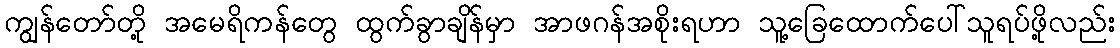
ကျွန်တော်တို့ အမေရိကန်တွေ ထွက်ခွာချိန်မှာ အာဖဂန်အစိုးရဟာ သူ့ခြေထောက်ပေါ်သူရပ်ဖို့လည်း